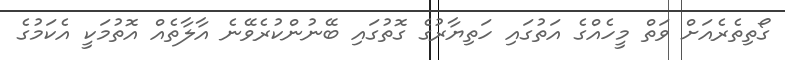
ގޯތިތެރެއަށް ވަތް މީހެއްގެ އަތުގައި ހަތިޔާރުގެ ގޮތުގައި ބޭނުންކުރެވޭނެ އާލާތެއް އޮތުމަކީ އެކަމުގެ